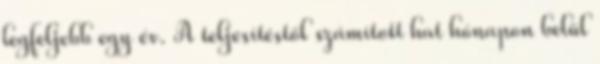
legfeljebb egy év. A teljesítéstől számított hat hónapon belül